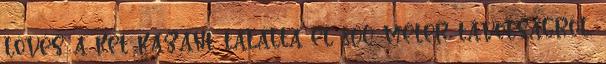
lövés a két kazánt találta el 800 méter távolságról,